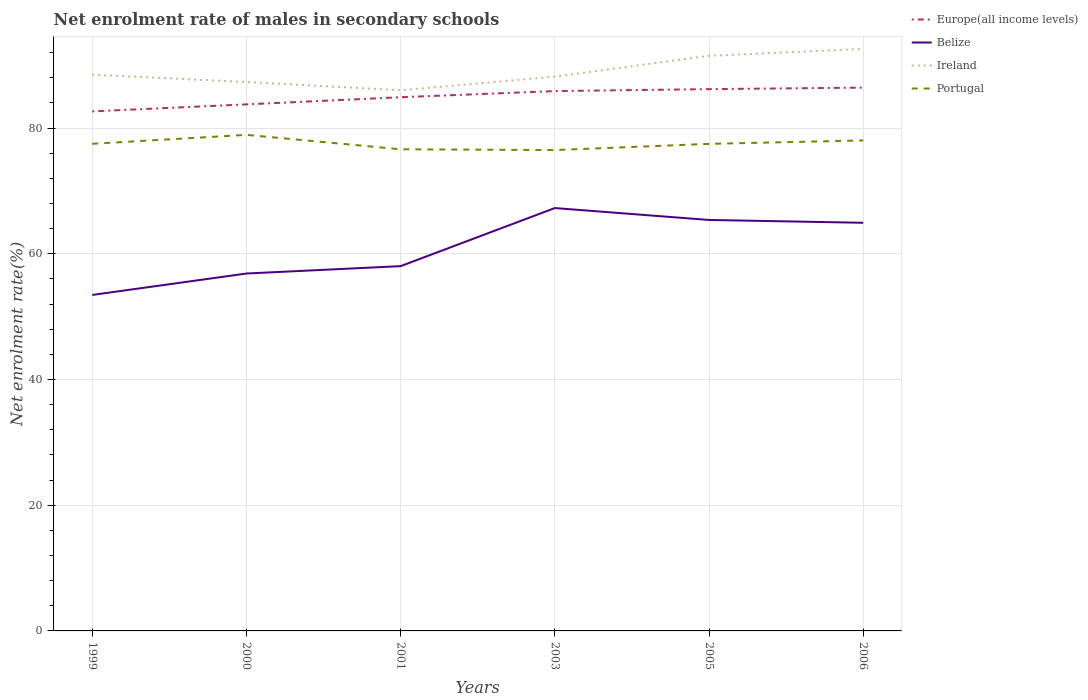
| Years | Europe(all income levels) | Belize | Ireland | Portugal |
 | --- | --- | --- | --- | --- |
 | 1999 | 82.6 | 53.5 | 88.5 | 77.5 |
 | 2000 | 83.8 | 56.9 | 87.3 | 78.9 |
 | 2001 | 84.9 | 58 | 86 | 76.6 |
 | 2003 | 85.9 | 67.3 | 88.2 | 76.5 |
 | 2005 | 86.2 | 65.4 | 91.5 | 77.5 |
 | 2006 | 86.4 | 64.9 | 92.6 | 78 |